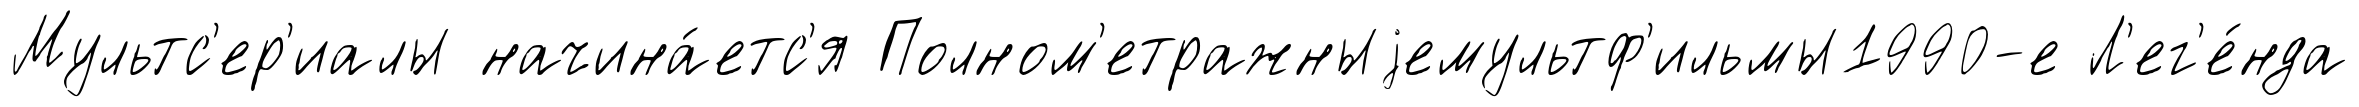
Мультс'ер'иалы начина́етс'я Полном'етражныjемультф'ильмы1990-е Л'ег'е́нда